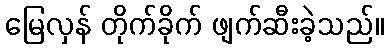
မြေလှန် တိုက်ခိုက် ဖျက်ဆီးခဲ့သည်။